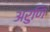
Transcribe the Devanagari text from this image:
अरुणि